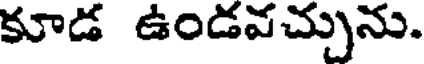
కూడ ఉండవచ్చును.